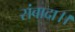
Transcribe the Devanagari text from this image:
संबादा।।